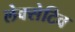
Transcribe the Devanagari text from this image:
लेक्सेटिव